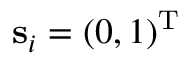
\mathbf { s } _ { i } = ( 0 , 1 ) ^ { \mathrm { T } }